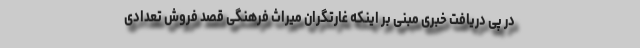
در پی دریافت خبری مبنی بر اینکه غارتگران میراث فرهنگی قصد فروش تعدادی